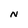
Character: N